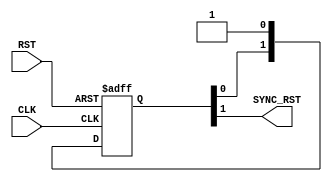
module RST_SYNC

#(
parameter NUM_STAGES = 2

)




(

input wire      RST,
input wire      CLK,
output wire     SYNC_RST

);

reg [NUM_STAGES-1:0] reset_synchronizer;


always @(posedge CLK, negedge RST ) begin
    
if(!RST)

begin

reset_synchronizer <= 0;

end 

else

begin 

reset_synchronizer <= {reset_synchronizer[NUM_STAGES-2:0],1'b1};

end 


end

assign SYNC_RST = reset_synchronizer[NUM_STAGES-1];

endmodule